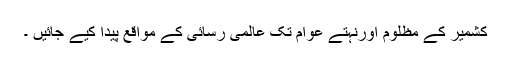
کشمیر کے مظلوم اورنہتے عوام تک عالمی رسائی کے مواقع پیدا کیے جائیں ۔